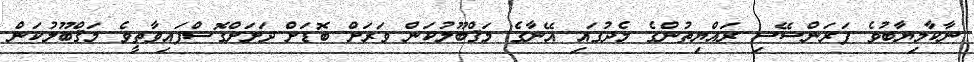
ނާކާމިޔާބުވެ ފަރަންސޭސި ރައްޔިތުންގެ މެދުގައި އޭނާގެ މަޤްބޫލުކަން ވަރަށް ބޮޑަށް ދަށަށްގޮސްފައިވާތީވެ މަޤްބޫލުކަން